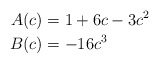
\begin{align*}A(c) &=1 + 6 c - 3 c^2\\B(c) &=-16 c^3\end{align*}